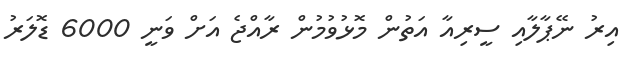
އިރު ނޭޕާލާއި ސީރިއާ އަތުން މޮޅުވުމުން ރާއްޖެ އަށް ވަނީ 6000 ޑޮލަރު